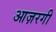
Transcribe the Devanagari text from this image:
आज़रगी